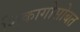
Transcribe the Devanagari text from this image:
शिकागोसोबत